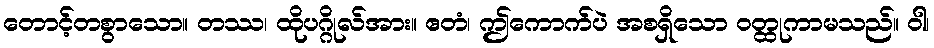
တောင့်တစွာသော။ တဿ၊ ထိုပဂ္ဂိုလ်အား။ ဧတံ၊ ဤကောက်ပဲ အစရှိသော ဝတ္ထုကာမသည်။ ဝါ၊